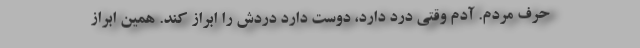
حرف مردم. آدم وقتی درد دارد، دوست دارد دردش را ابراز کند. همین ابراز